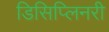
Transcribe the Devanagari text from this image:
डिसिप्लिनरी